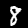
Label: 8